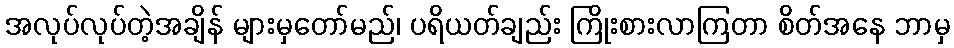
အလုပ်လုပ်တဲ့အချိန် များမှတော်မည်၊ ပရိယတ်ချည်း ကြိုးစားလာကြတာ စိတ်အနေ ဘာမှ